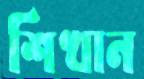
শিখান